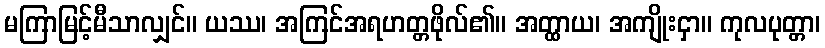
မကြာမြင့်မီသာလျှင်။ ယဿ၊ အကြင်အရဟတ္တဖိုလ်၏။ အတ္ထာယ၊ အကျိုးငှာ။ ကုလပုတ္တာ၊